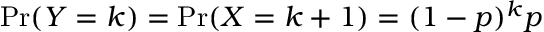
\operatorname* { P r } ( Y = k ) = \operatorname* { P r } ( X = k + 1 ) = ( 1 - p ) ^ { k } p